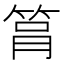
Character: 𥭞